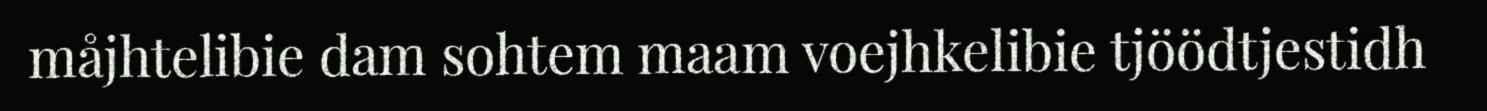
måjhtelibie dam sohtem maam voejhkelibie tjöödtjestidh